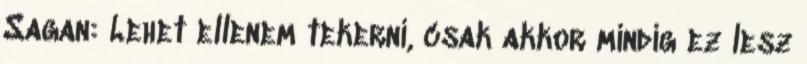
Sagan: Lehet ellenem tekerni, csak akkor mindig ez lesz